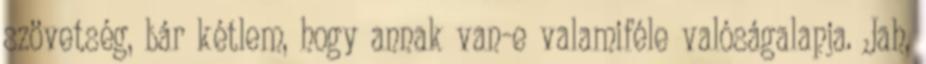
szövetség, bár kétlem, hogy annak van-e valamiféle valóságalapja. Jah,